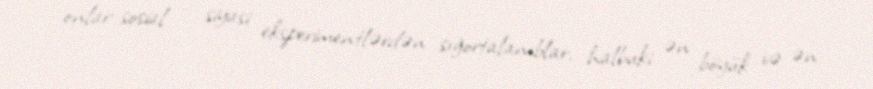
onlar sosial - siyasi eksperimentlərdən sığortalanıblar, halbuki ən böyük və ən